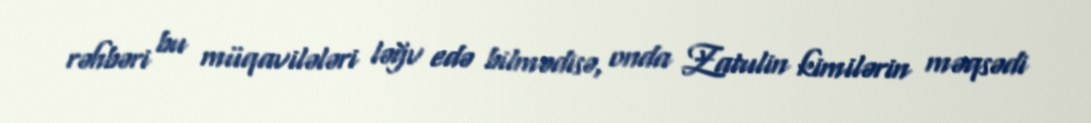
rəhbəri bu müqavilələri ləğv edə bilmədisə, onda Zatulin kimilərin məqsədi